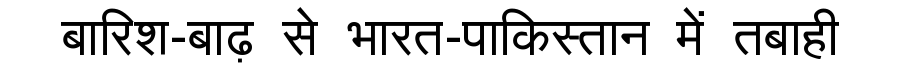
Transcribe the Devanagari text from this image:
बारिश-बाढ़ से भारत-पाकिस्तान में तबाही